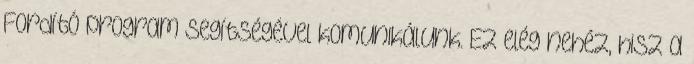
Fordító program segítségével komunikálunk. Ez elég nehéz, hisz a